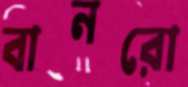
বানরো